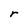
Character: r